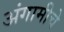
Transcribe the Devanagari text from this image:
अंगामीचे